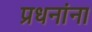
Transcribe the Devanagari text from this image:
प्रधनांना